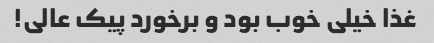
غذا خیلی خوب بود و برخورد پیک عالی!